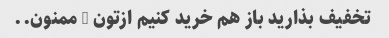
تخفیف بذارید باز هم خرید کنیم ازتون … ممنون..